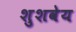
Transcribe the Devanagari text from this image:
शुशवेय